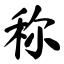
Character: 称